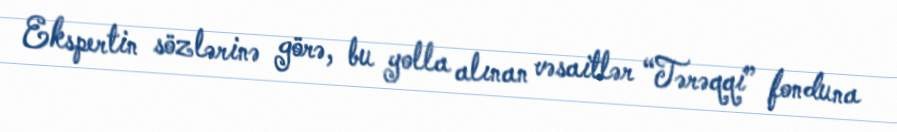
Ekspertin sözlərinə görə, bu yolla alınan vəsaitlər “Tərəqqi” fonduna